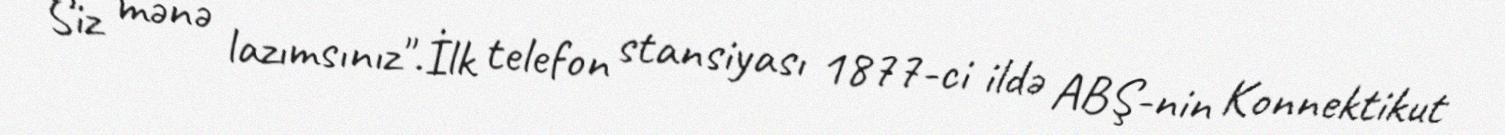
Siz mənə lazımsınız".İlk telefon stansiyası 1877-ci ildə ABŞ-nin Konnektikut